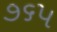
૭૬૫